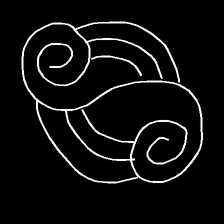
Glyph: wind-underfoot